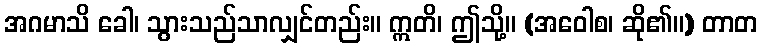
အဂမာသိ ခေါ၊ သွားသည်သာလျှင်တည်း။ ဣတိ၊ ဤသို့။ (အဝေါစ၊ ဆို၏။) တာတ